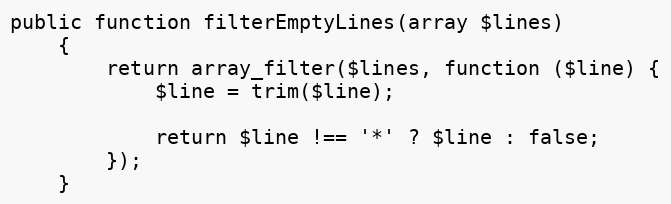
Language: PHP
public function filterEmptyLines(array $lines)
    {
        return array_filter($lines, function ($line) {
            $line = trim($line);

            return $line !== '*' ? $line : false;
        });
    }